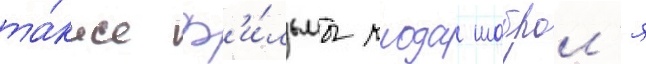
та́кже ф'и́льмы клода шаброл'я